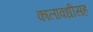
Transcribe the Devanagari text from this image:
कालावधीसह